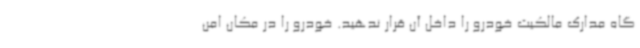
گاه مدارک مالکیت خودرو را داخل آن قرار ندهید. خودرو را در مکان امن